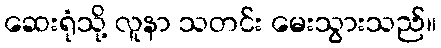
ဆေးရုံသို့ လူနာ သတင်း မေးသွားသည်။